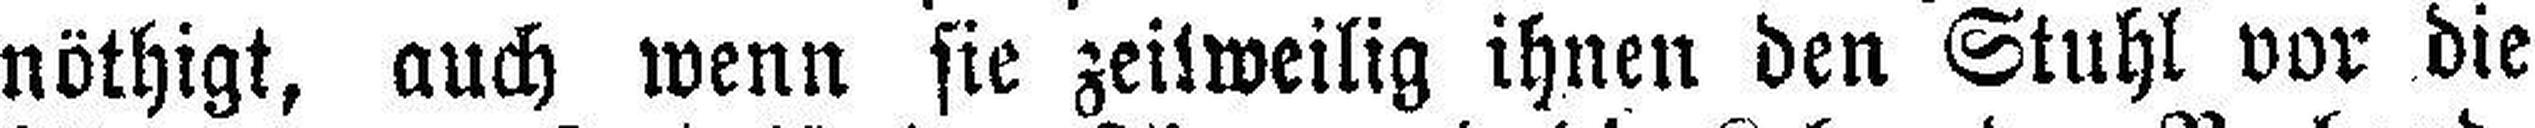
nöthigt, auch wenn sie zeitweilig ihnen den Stuhl vor die